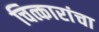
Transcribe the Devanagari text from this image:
चित्कारांचा